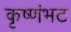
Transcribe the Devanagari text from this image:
कृष्णंभट